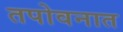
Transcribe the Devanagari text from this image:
तपोवनात